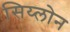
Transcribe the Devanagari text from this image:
सिय्लोन